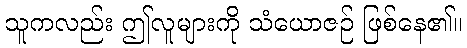
သူကလည်း ဤလူများကို သံယောဇဉ် ဖြစ်နေ၏။